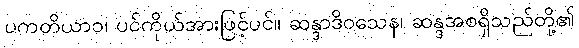
ပကတိယာဝ၊ ပင်ကိုယ်အားဖြင့်ပင်။ ဆန္ဒာဒိဝသေန၊ ဆန္ဒအစရှိသည်တို့၏